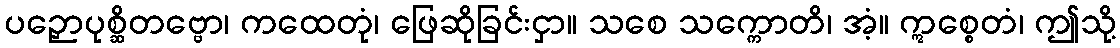
ပဉှောပုစ္ဆိတဗ္ဗော၊ ကထေတုံ၊ ဖြေဆိုခြင်းငှာ။ သစေ သက္ကောတိ၊ အံ့။ ဣစ္စေတံ၊ ဤသို့